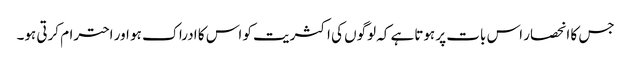
جس کا انحصار اس بات پر ہوتاہے کہ لوگوں کی اکثریت کو اس کا ادراک ہو اور احترام کرتی ہو۔